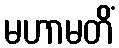
မဟာမတိံ